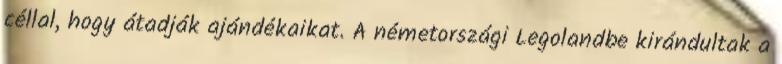
céllal, hogy átadják ajándékaikat. A németországi Legolandbe kirándultak a